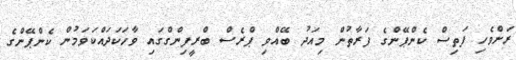
ރަށްވެހި ފަތިސް ކެންޕޭންގެ ފަރާތުން މިއަދު ބޭއްވި ޕްރެސް ބްރީފިންގްގައި ވާހަކަދައްކަވަމުން ކެންޕޭންގެ